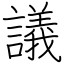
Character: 議